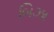
બિઝા